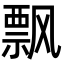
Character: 飘